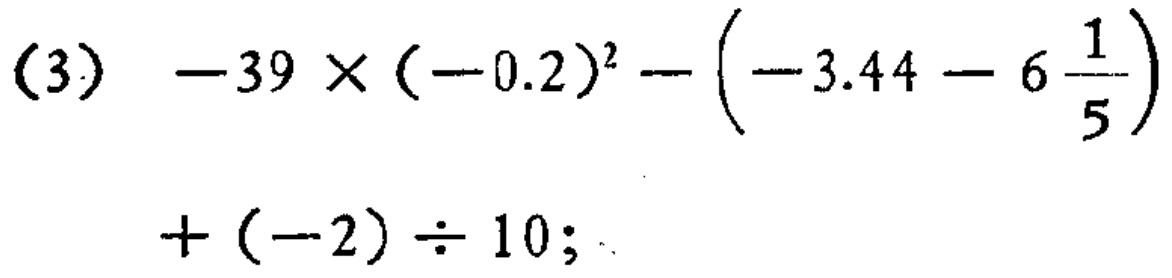
(3) \(-39\times(-0.2)^{2}-\left(-3.44 - 6\frac{1}{5}\right)+(-2)\div10\);